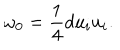
\omega _ { 0 } = \frac 1 4 d u _ { i } u _ { i } .